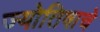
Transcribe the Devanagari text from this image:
ज्योतिषाचे